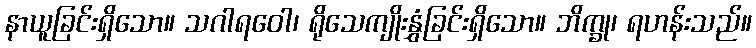
နာယူခြင်းရှိသော။ သဂါရဝေါ၊ ရိုသေကျိုးနွှံခြင်းရှိသော။ ဘိက္ခု၊ ရဟန်းသည်။